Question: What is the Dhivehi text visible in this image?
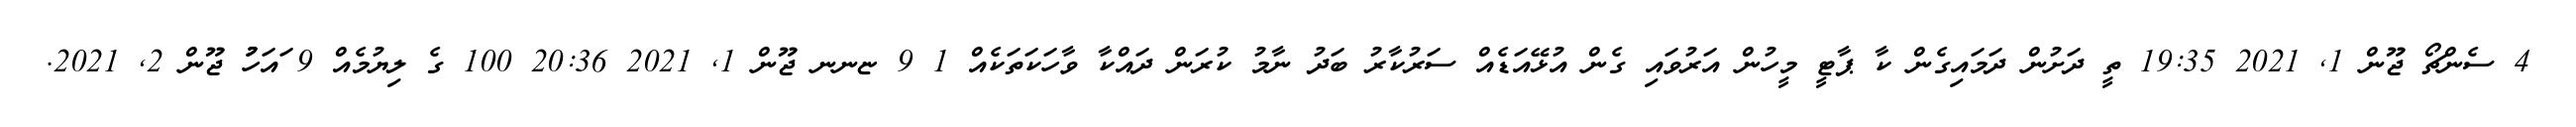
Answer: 4 ސެންޗޯ ޖޫން 1, 2021 19:35 ތީ ދަށުން ދަމައިގެން ކާ ޕާޓީ މީހުން އަރުވައި ގެން އުޅޭއަޑެއް ސަރުކާރު ބަދު ނާމު ކުރަން ދައްކާ ވާހަކަތަކެއް 1 9 ޏނނ ޖޫން 1, 2021 20:36 100 ގެ ލިޔުމެއް 9 ައަހުުު ޖޫން 2, 2021.